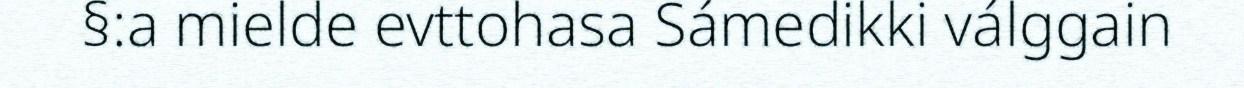
§:a mielde evttohasa Sámedikki válggain